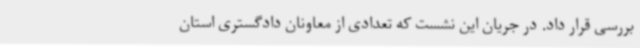
بررسی قرار داد. در جریان این نشست که تعدادی از معاونان دادگستری استان